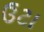
ઉટા